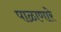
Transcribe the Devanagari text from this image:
पाळाणारे